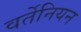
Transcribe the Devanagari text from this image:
वर्तेनियन